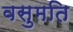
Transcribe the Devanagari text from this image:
वसुमति